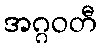
အဂ္ဂဝတီ